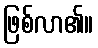
ဖြစ်လာ၏။